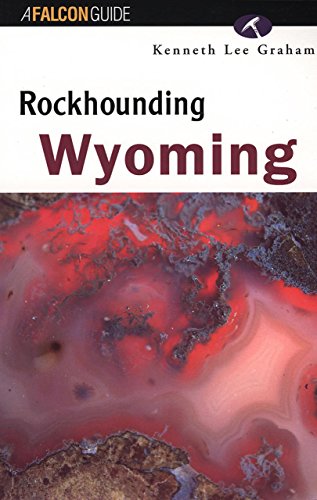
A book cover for Rockhounding Wyoming (A Falcon Guide); Kenneth Lee Graham; Science & Math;